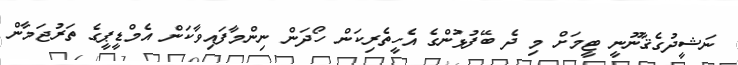
ނަޝީދުގެޤާނޫނީ ޓީމަށް މި ދެ ބޭފުޅުންގެ އެހީތެރިކަން ހޯދަން ނިންމާފައިވާކަން އެމްޑީޕީގެ ތަރުޖަމާން